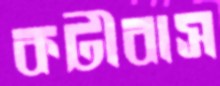
কটীবাস